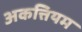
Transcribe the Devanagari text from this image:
अकत्तियम